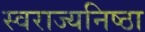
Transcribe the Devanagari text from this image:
स्वराज्यनिष्ठा